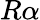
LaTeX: R\, \! \alpha